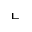
\llcorner